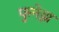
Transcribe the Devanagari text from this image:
फुनेझ